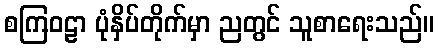
စကြဝဠာ ပုံနှိပ်တိုက်မှာ ညတွင် သူစာရေးသည်။